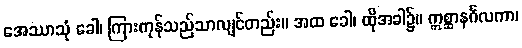
အေဿာသုံ ခေါ၊ ကြားကုန်သည်သာလျင်တည်း။ အထ ခေါ၊ ထိုအခါ၌။ ဣစ္ဆာနင်္ဂလကာ၊